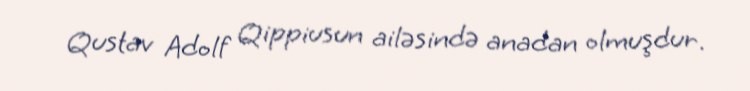
Qustav Adolf Qippiusun ailəsində anadan olmuşdur.